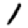
Digit: 1